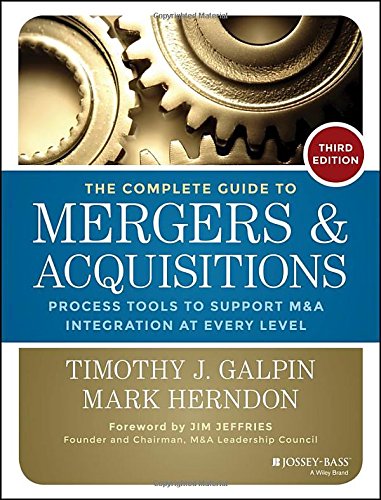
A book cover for The Complete Guide to Mergers and Acquisitions: Process Tools to Support M&A Integration at Every Level (Jossey-Bass Professional Management); Timothy J. Galpin; Business & Money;